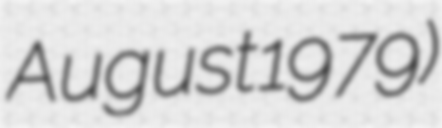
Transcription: August 1979)